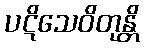
ပဋိသေဝိတုန္တိ